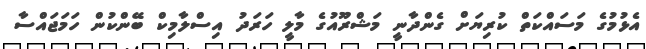
އެޅުމުގެ މަސައްކަތް ކުރިޔަށް ގެންދާނީ މަޝްރޫއުގެ މާލީ ހަރަދު އިސްލާމިކް ބޭންކުން ހަމަޖައްސާ